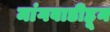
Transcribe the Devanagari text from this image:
मांगवाडीहून